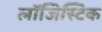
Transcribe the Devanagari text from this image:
लाॅजिस्टिक